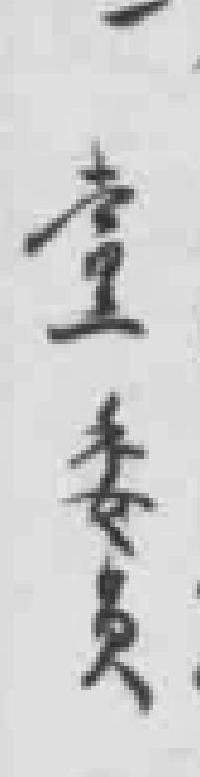
*委员